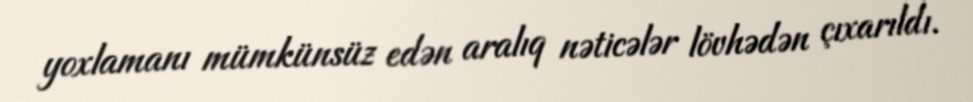
yoxlamanı mümkünsüz edən aralıq nəticələr lövhədən çıxarıldı.